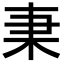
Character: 𣏲